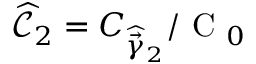
\widehat { \mathcal { C } } _ { 2 } = C _ { \widehat { \vec { \gamma } } _ { 2 } } / \textrm { C } _ { 0 }